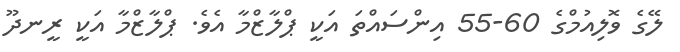
ލޭގެ ވޮލިއުމްގެ 60-55 އިންސައްތަ އަކީ ޕްލާޒްމާ އެވެ. ޕްލާޒްމާ އަކީ ރީނދޫ